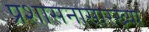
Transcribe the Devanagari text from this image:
प्रशासनासारख्या